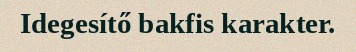
Idegesítő bakfis karakter.